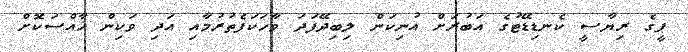
ޕީގެ ރިޔާސީ ކެނޑިޑޭޓުގެ އަބުރަށް އުނިކަން ލިބިދޭފަދަ ވާހަކަފެތުރުމާއި އަދި ވަކިން ޚާއްސަކޮށް